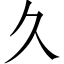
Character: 久